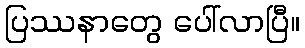
ပြဿနာတွေ ပေါ်လာပြီ။